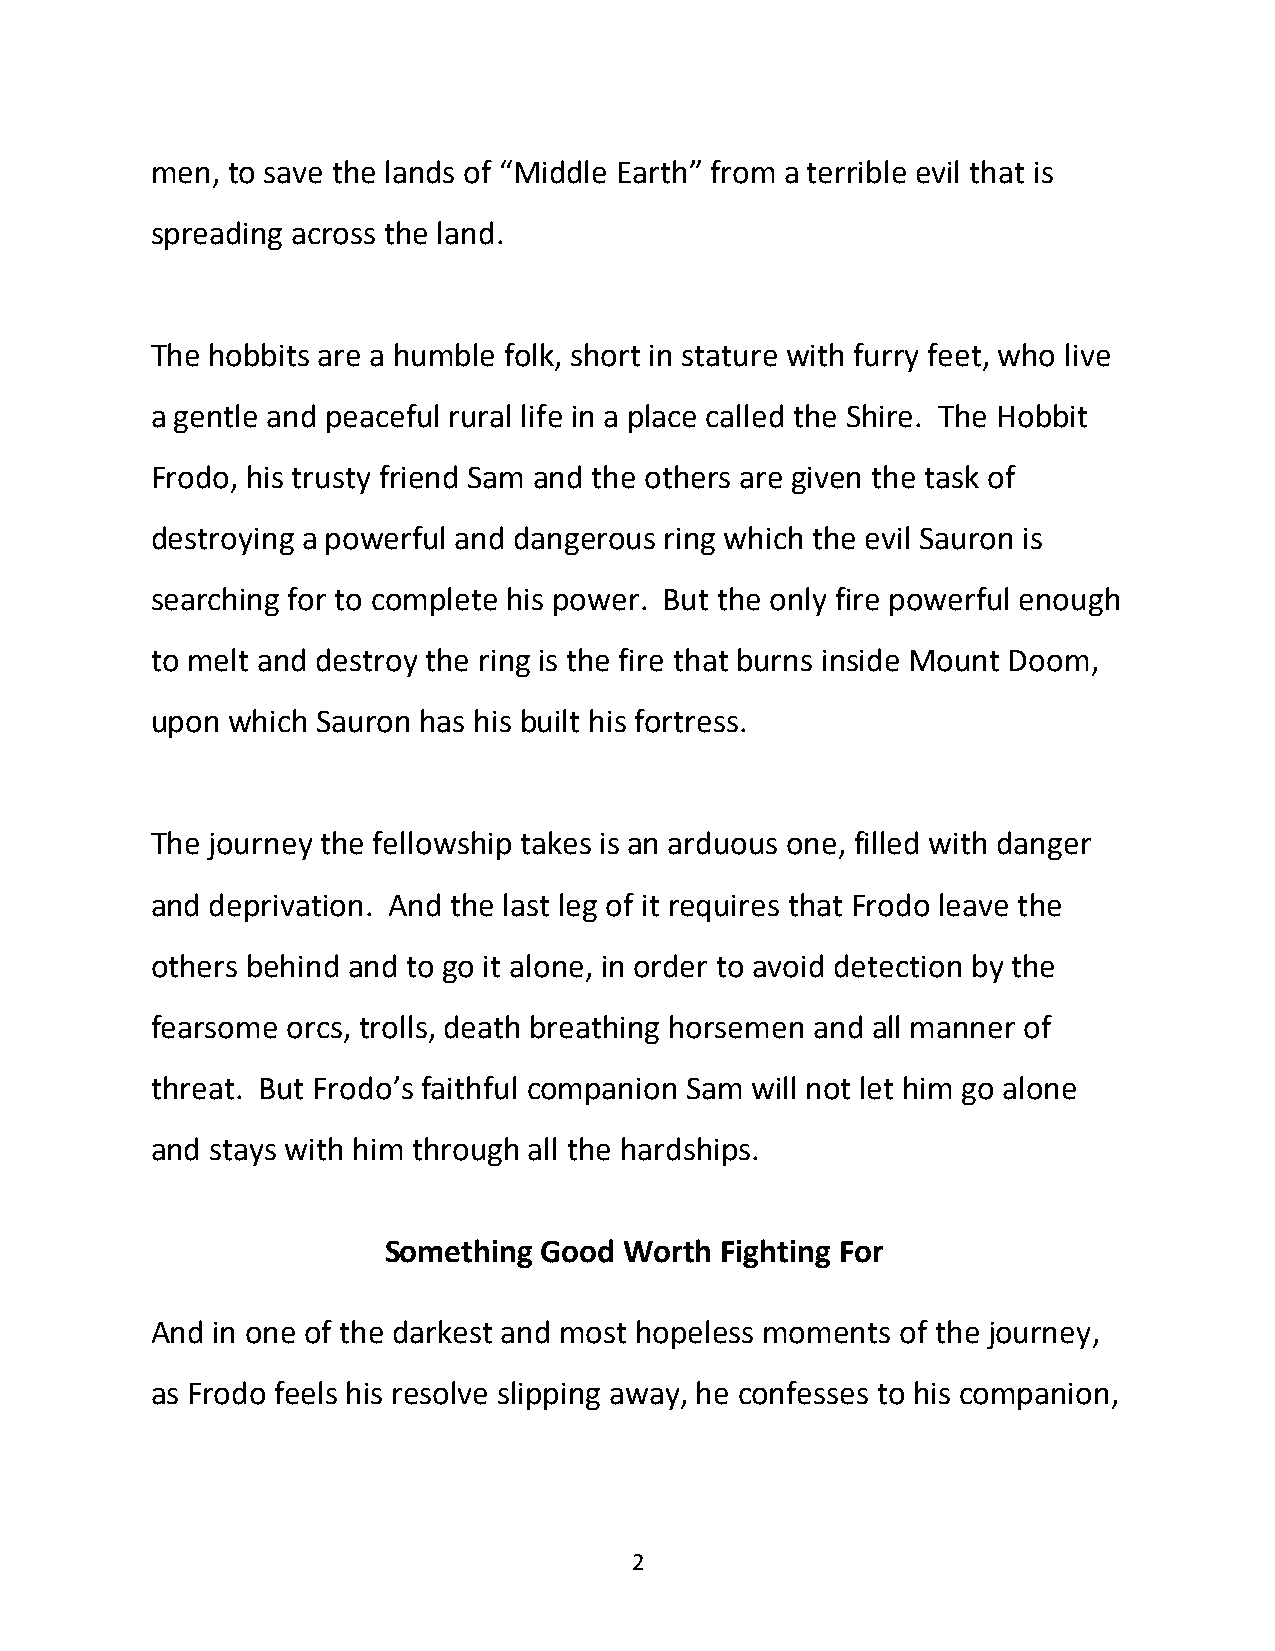
men, to save the lands of “Middle Earth” from a terrible evil that is
 spreading across the land.
 The hobbits are a humble folk, short in stature with furry feet, who live
 a gentle and peaceful rural life in a place called the Shire. The Hobbit
 Frodo, his trusty friend Sam and the others are given the task of
 destroying a powerful and dangerous ring which the evil Sauron is
 searching for to complete his power. But the only fire powerful enough
 to melt and destroy the ring is the fire that burns inside Mount Doom,
 upon which Sauron has his built his fortress.
 The journey the fellowship takes is an arduous one, filled with danger
 and deprivation. And the last leg of it requires that Frodo leave the
 others behind and to go it alone, in order to avoid detection by the
 fearsome orcs, trolls, death breathing horsemen and all manner of
 threat. But Frodo’s faithful companion Sam will not let him go alone
 and stays with him through all the hardships.
 Something  Good Worth  Fighting For
 And in one of the darkest and most hopeless moments of the journey,
 as Frodo feels his resolve slipping away, he confesses to his companion,
 2